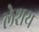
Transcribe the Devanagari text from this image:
लेशय